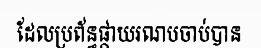
ដែលប្រព័ន្ធផ្កាយរណបចាប់បាន